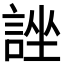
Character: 𧨀